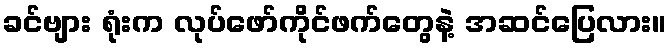
ခင်ဗျား ရုံးက လုပ်ဖော်ကိုင်ဖက်တွေနဲ့ အဆင်ပြေလား။